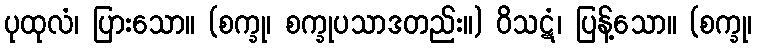
ပုထုလံ၊ ပြားသော။ (စက္ခု၊ စက္ခုပသာဒတည်း။) ဝိသဋံ၊ ပြန့်သော။ (စက္ခု၊